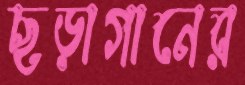
ছড়াগানের